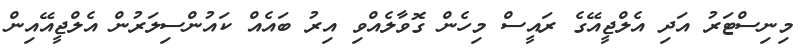
މިނިސްޓަރު އަދި އެލްޖީއޭގެ ރައީސް މިހެން ގޮވާލެއްވި އިރު ބައެއް ކައުންސިލަރުން އެލްޖީއޭއިން